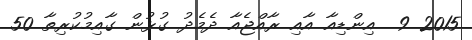
2015 9  އިންޑިއާ އާއި ރާއްޖެއާ ދެމެދު ގުޅުން ގާއިމުކުރިތާ 50